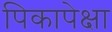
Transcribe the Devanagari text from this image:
पिकापेक्षा